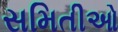
સમિતીઓ